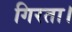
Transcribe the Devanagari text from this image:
गिरता।